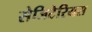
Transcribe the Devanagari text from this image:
सेजिटेरियस